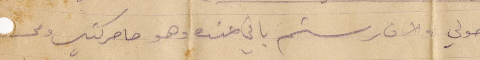
وصولي والان رستم باقي عنده وهو حاصر كتير ومحسود